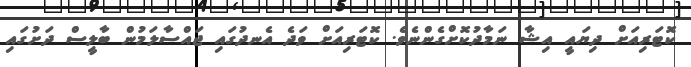
ކޮޓަރިއަށް ދިޔައީ އިޝާ ނަމާދުކޮށްގެންނެވެ. ކޮޓަރިއަށް ވަދެ އެނދުގައި ޖައްސާލަމުން ބާލީސް ދަށުގައި